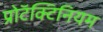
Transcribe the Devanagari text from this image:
प्रोटॅक्टिनियम